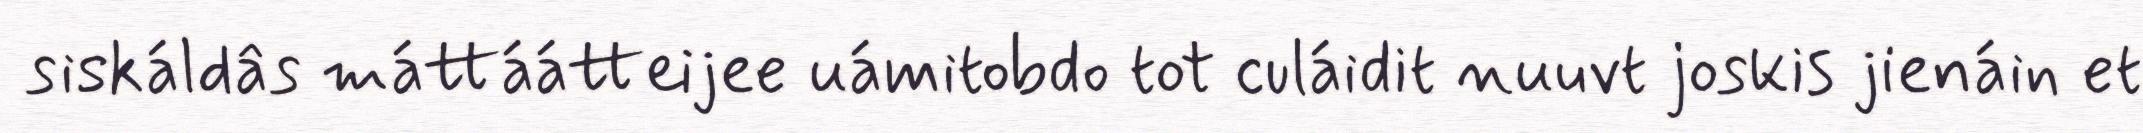
siskáldâs máttáátteijee uámitobdo tot culáidit nuuvt joskis jienáin et